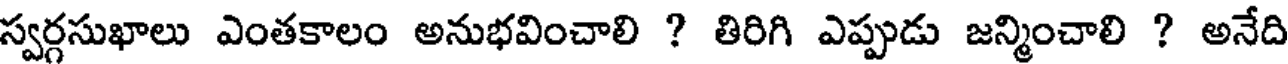
స్వర్గసుఖాలు ఎంతకాలం అనుభవించాలి ? తిరిగి ఎప్పుడు జన్మించాలి ? అనేది